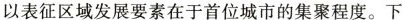
以表征区域发展要素在于首位城市的集聚程度。下